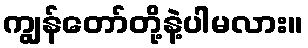
ကျွန်တော်တို့နဲ့ပါမလား။